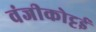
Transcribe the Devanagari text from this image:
वंजीकोट्टई